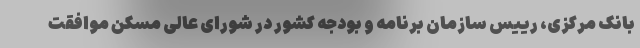
بانک مرکزی، رییس سازمان برنامه و بودجه کشور در شورای عالی مسکن موافقت